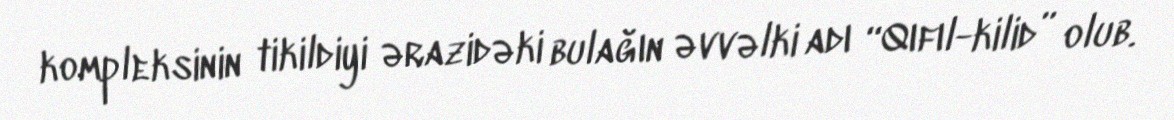
kompleksinin tikildiyi ərazidəki bulağın əvvəlki adı “Qıfıl-kilid” olub.